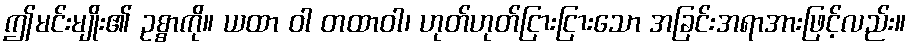
ဤမင်းမျိုး၏ ဥစ္စာကို။ ယထာ ဝါ တထာဝါ၊ ဟုတ်ဟုတ်ငြားငြားသော အခြင်းအရာအားဖြင့်လည်း။